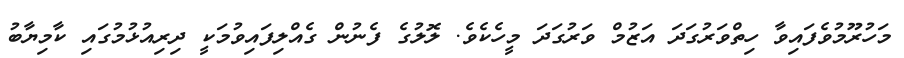
މަހުރޫމުވެފައިވާ ހިތްވަރުގަދަ އަޒުމް ވަރުގަދަ މީހެކެވެ. ލޮލުގެ ފެނުން ގެއްލިފައިވުމަކީ ދިރިއުޅުމުގައި ކާމިޔާބު